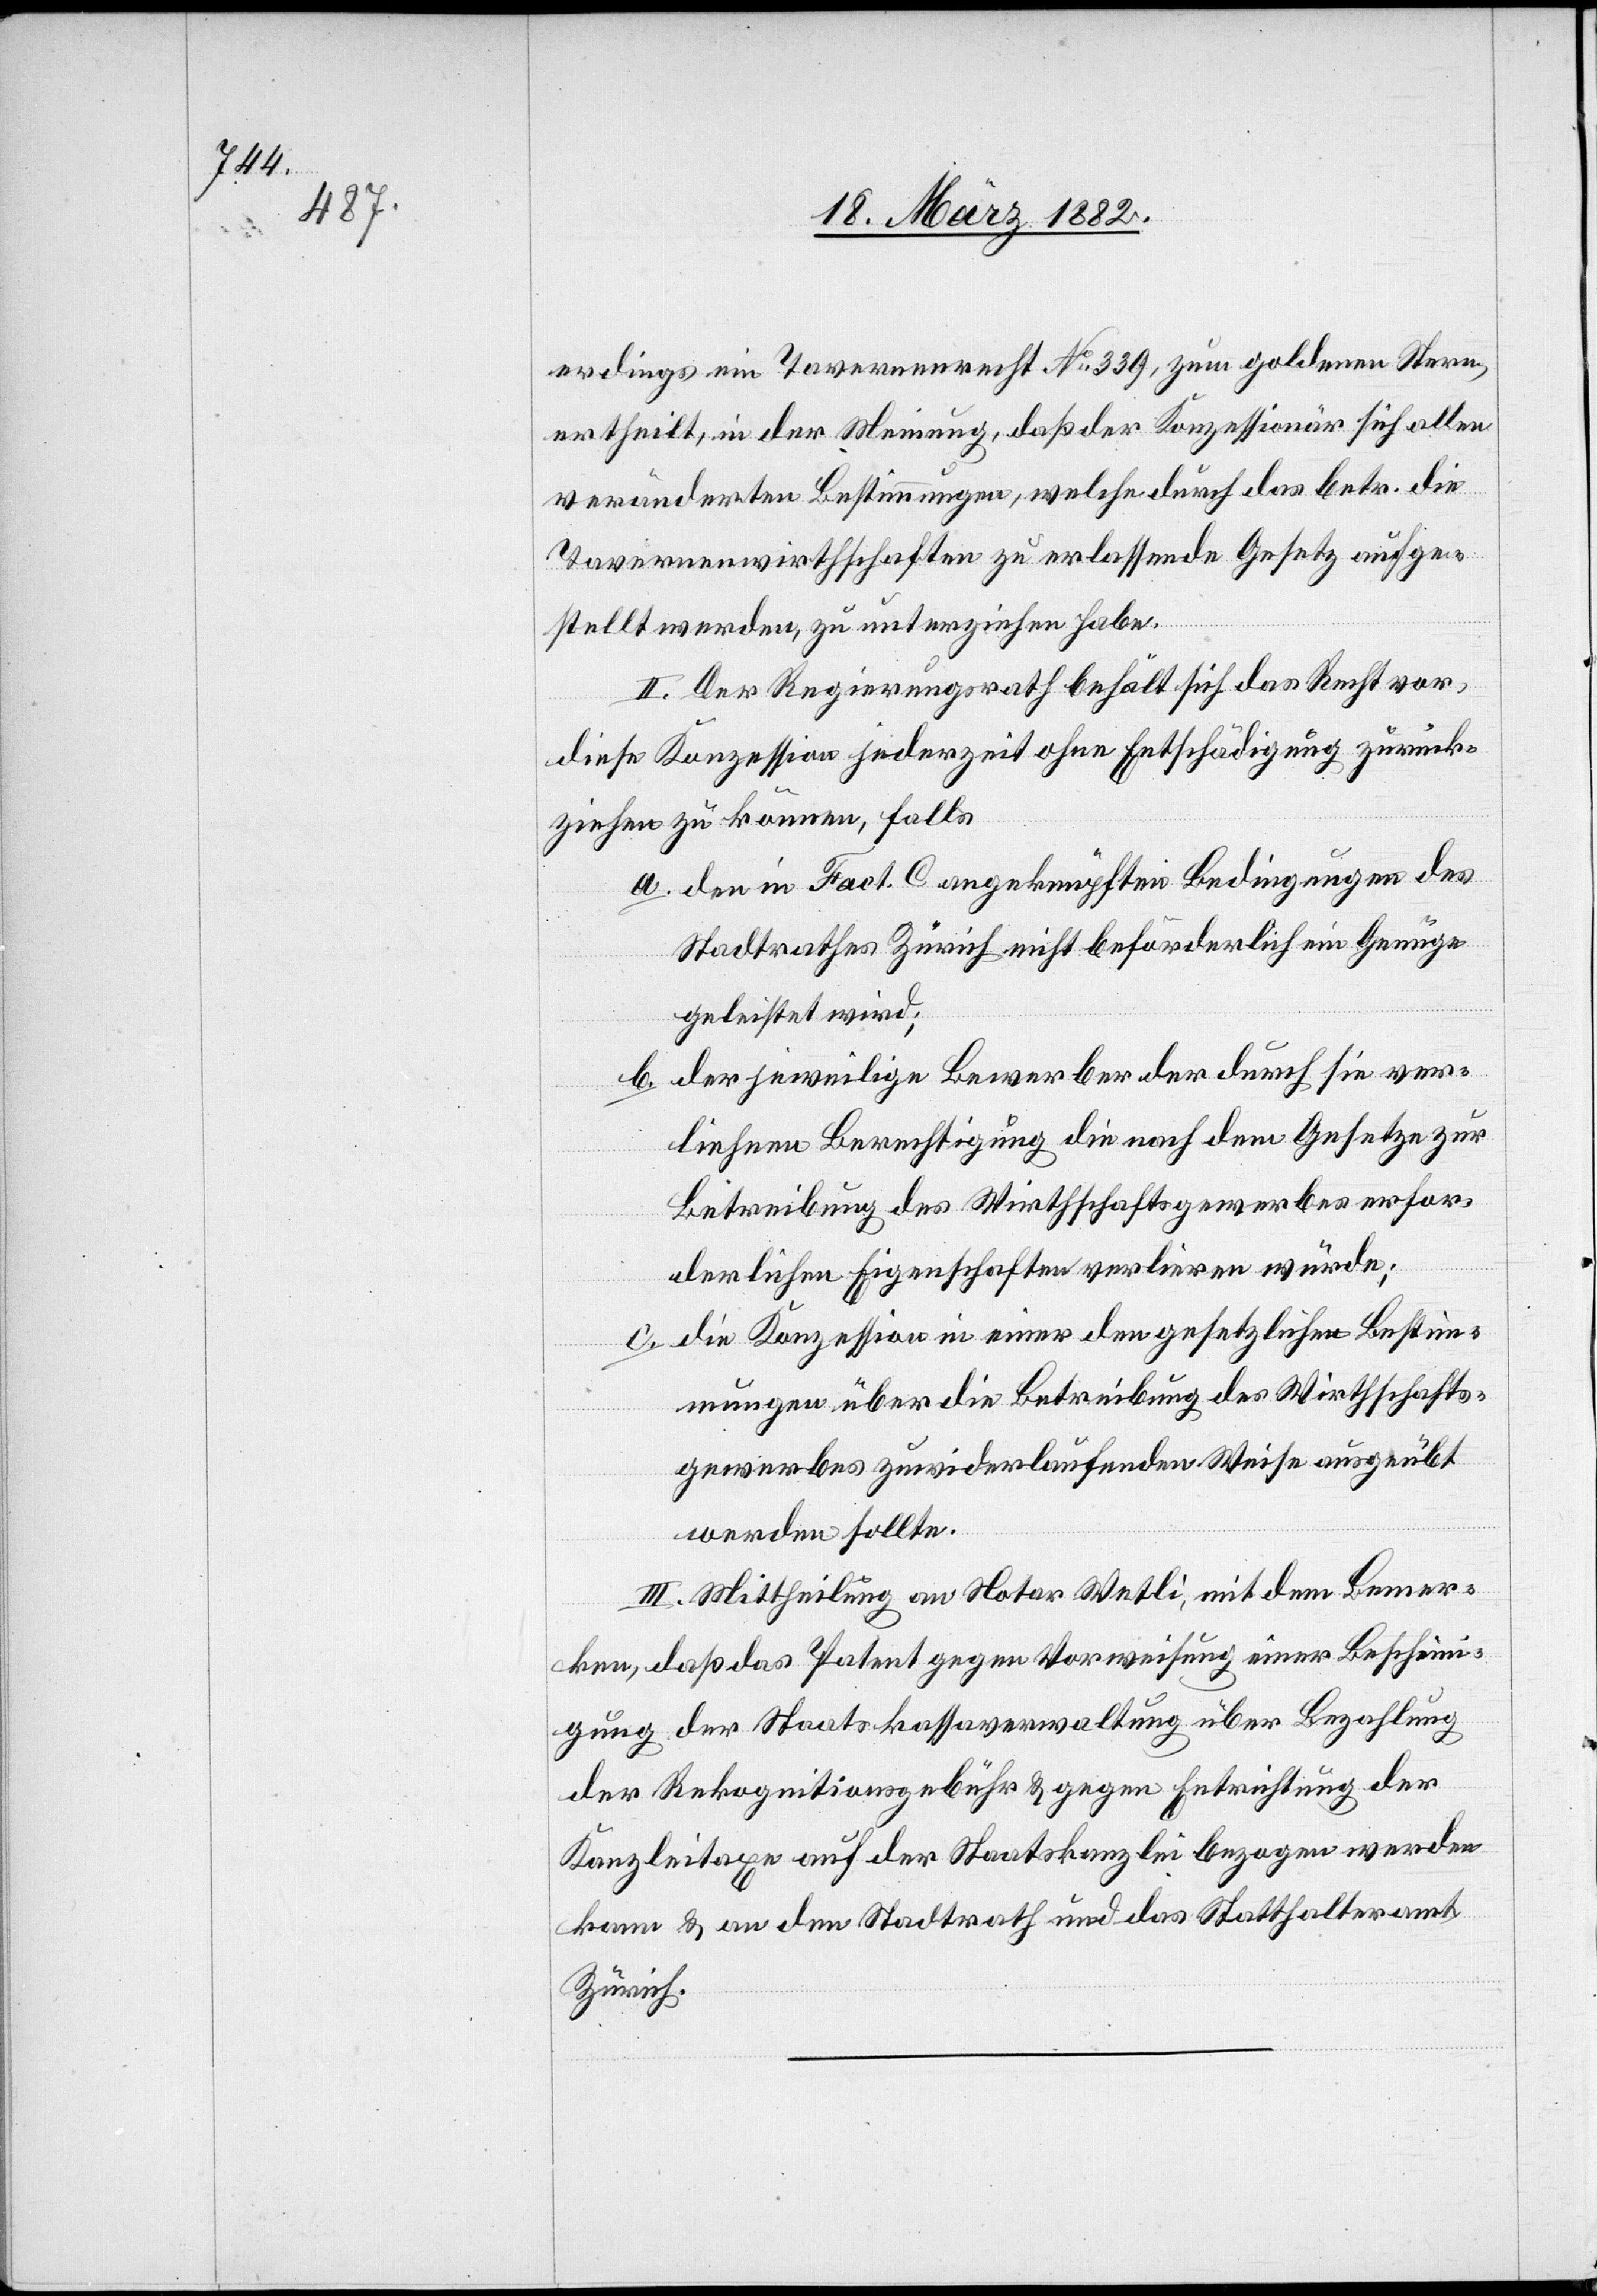
erdings [sic!] ein Tavernenrecht No 339, zum goldenen Stern,
ertheilt, in der Meinung, daß der Konzessionär sich allen
veränderten Bestimmungen, welche durch das betr. die
Tavernenwirthschaften zu erlassende Gesetz aufge¬
stellt werden, zu unterziehen habe.
II. Der Regierungsrath behält sich das Recht vor,
diese Konzession jederzeit ohne Entschädigung zurück¬
zuziehen zu können, falls
a. den in Fact. C angeknüpften Bedingungen des
Stadtrathes Zürich nicht beförderlich ein Genüge
geleistet wird;
b. der jeweilige Bewerber der durch die ver¬
liehene Berechtigung die nach dem Gesetze zur
Betreibung des Wirthschaftsgewerbes erfor¬
derlichen Eigenschaften verlieren würde;
c. die Konzession in einer den gesetzlichen Bestim¬
mungen über die Betreibung des Wirthschafts¬
gewerbes zuwiderlaufenden Weise ausgeübt
werden sollte.
III. Mittheilung an Notar Wetli, mit dem Bemer¬
ken, daß das Patent gegen Vorweisung einer Bescheini¬
gung der Staatskassaverwaltung über Bezahlung
der Rekognitionsgebühr & gegen Entrichtung der
Kanzleitaxen auf der Staatskanzlei bezogen werden
kann & an den Stadtrath und das Statthalteramt
Zürich.